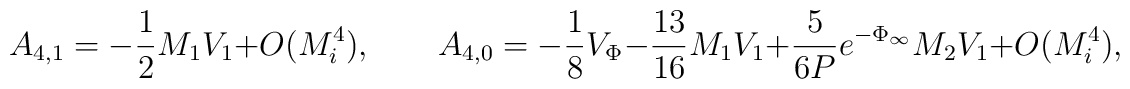
A_{4,1}=-\frac{1}{2} M_1 V_1 + O(M_i^4), \qquad A_{4,0}=-\frac{1}{8}V_{\Phi}-\frac{13}{16} M_1 V_1+\frac{5}{6 P}e^{-\Phi_{\infty}} M_2 V_1 + O(M_i^4),\\[2mm]